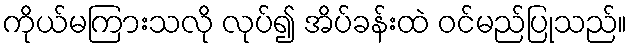
ကိုယ်မကြားသလို လုပ်၍ အိပ်ခန်းထဲ ဝင်မည်ပြုသည်။